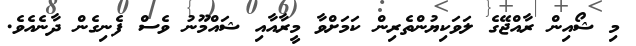
މި ޝޯއިން ރާއްޖޭގެ ލަވަކިޔުންތެރިން ކަމަށްވާ މީރާއާއި ޝައްމޫނު ވެސް ފެނިގެން ދާނެއެވެ.